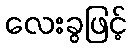
လေးခွဖြင့်